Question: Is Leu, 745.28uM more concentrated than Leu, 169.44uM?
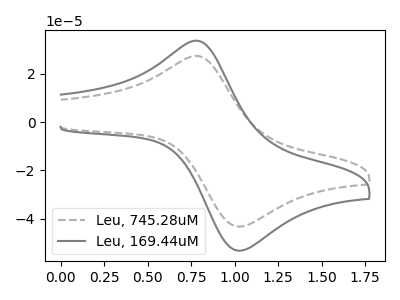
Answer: <think>The gray dashed curve "Leu, 745.28uM" has an anodic peak at (0.80V, 27.40uA) and a cathodic peak at (1.00V, -43.15uA). The gray curve "Leu, 169.44uM" has an anodic peak at (0.80V, 33.70uA) and a cathodic peak at (1.00V, -53.05uA).
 All the peaks in "Leu, 745.28uM" have a peak in "Leu, 169.44uM" at the same potential. Every peak in "Leu, 745.28uM" is lower than every peak in "Leu, 169.44uM".</think>
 <answer>"Leu, 745.28uM" has less signal than "Leu, 169.44uM" and so likely has a lower concentration.</answer>
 <eval>less_concentration</eval>